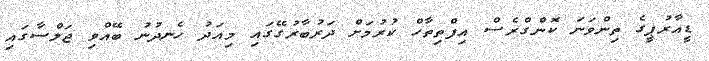
ޑީއާރުޕީގެ ތިންވަނަ ކޮންގްރެސް އިފްތިތާހް ކުރުމަށް ދަރުބާރުގޭގައި މިއަދު ހެނދުނު ބޭއްވި ޖަލްސާގައި